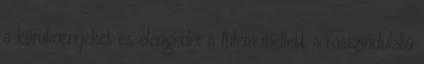
a körülményeket és elengedni a fülem mellett a rosszindulatú